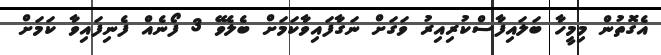
އެގޮތުން މިމީހާ ބަލައިފާސްކުރިއިރު ވަގަށް ނަގާފައިވާކަމަށް ބެލެވޭ 3 ފޯނެއް ފެނިފައިވާ ކަމަށް